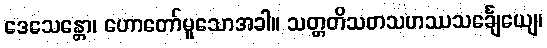
ဒေသေန္တော၊ ဟောတော်မူသောအခါ။ သတ္တတိသတသဟဿသင်္ချေယျေ၊